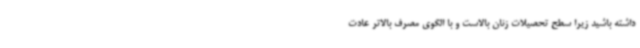
داشته باشید زیرا سطح تحصیلات زنان بالاست و با الگوی مصرف بالاتر عادت